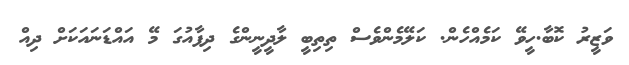
ވަޒީރު ކޮބާ.ހީވޭ ކަމެއްހެން. ކަލޭމެންވެސް ތިތިބީ ލާދީނީންގެ ދިފާއުގަ މޭ އައްޑަނައަކަށް ދިއް